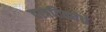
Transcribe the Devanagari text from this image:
वात्रटिकांचे